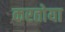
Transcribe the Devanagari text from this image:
करतोया